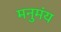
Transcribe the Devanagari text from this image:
मनुमंय